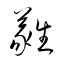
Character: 蕤